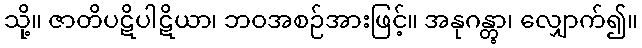
သို့။ ဇာတိပဋိပါဋိယာ၊ ဘဝအစဉ်အားဖြင့်။ အနုဂန္တွာ၊ လျှောက်၍။